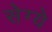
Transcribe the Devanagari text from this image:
सेग्ये